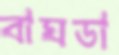
বাঘডা